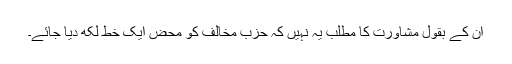
ان کے بقول مشاورت کا مطلب یہ نہیں کہ حزب مخالف کو محض ایک خط لکھ دیا جائے۔